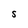
Character: S